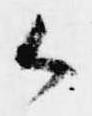
候